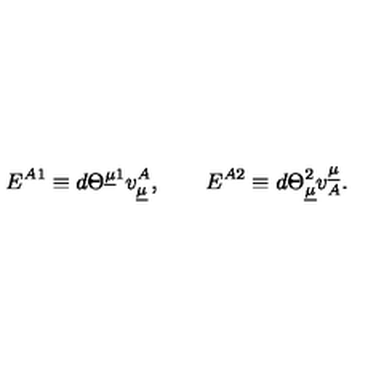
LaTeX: E ^ { A 1 } \equiv d \Theta ^ { \underline { { \mu } } 1 } v _ { \underline { { \mu } } } ^ { A } , \qquad E ^ { A 2 } \equiv d \Theta _ { \underline { { \mu } } } ^ { 2 } v _ { A } ^ { \underline { { \mu } } } . \qquad